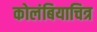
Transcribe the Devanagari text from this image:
कोलंबियाचित्र